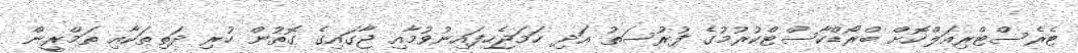
ޓެރެސްޓްރިއަލްކޮށް ބްރޯޑްކާސްޓްކުރުމުގެ ފުރުސަތު އަދި ހަމަޖެހިފައިނުވުމާއި ޖާގައިގެ ގޮތުން ހުރި ދަތިތަކާއި ތަމްރީން